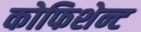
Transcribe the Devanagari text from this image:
कोफिशेन्ट